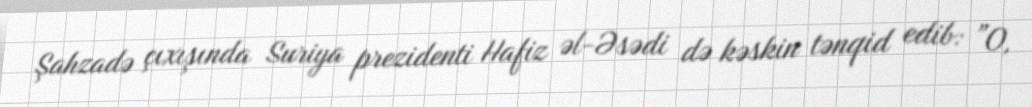
Şahzadə çıxışında Suriya prezidenti Hafiz əl-Əsədi də kəskin tənqid edib: ”O,